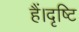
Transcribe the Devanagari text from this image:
हैं।दृष्टि